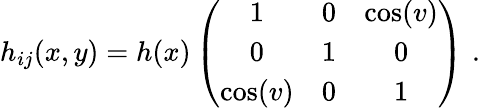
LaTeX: h_{ij}(x,y)=h(x)\left(\begin{array}{ccc}{{1}}&{{0}}&{{\cos(v)}}\\ {{0}}&{{1}}&{{0}}\\ {{\cos(v)}}&{{0}}&{{1}}\end{array}\right)\, \, .